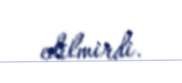
edilmirdi.